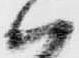
ハ